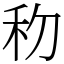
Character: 𥝢